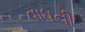
વાધની